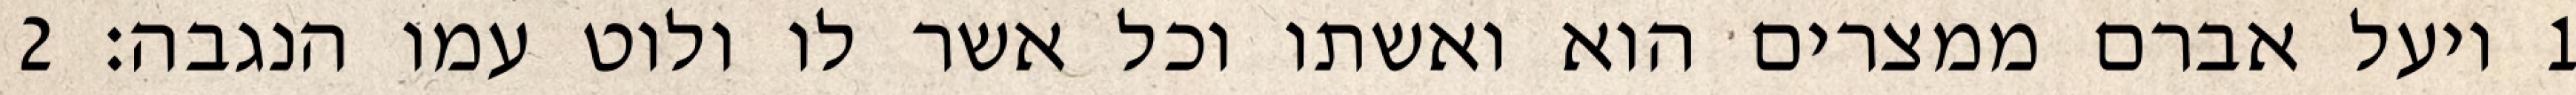
1 ויעל אברם ממצרים הוא ואשתו וכל אשר לו ולוט עמו הנגבה׃ ‎2‏